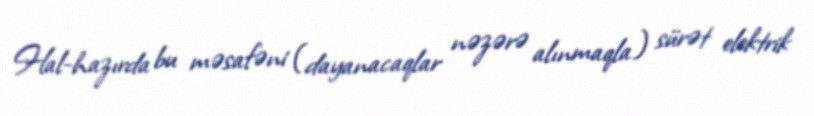
Hal-hazırda bu məsafəni (dayanacaqlar nəzərə alınmaqla) sürət elektrik